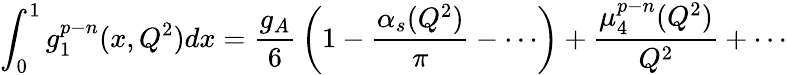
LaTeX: \int_{0}^{1}g_{1}^{p-n}(x,Q^{2})dx={\frac{g_{A}}{6}}\left(1-{\frac{\alpha_{s}(Q^{2})}{\pi}}-\cdots\right)+{\frac{\mu_{4}^{p-n}(Q^{2})}{Q^{2}}}+\cdots